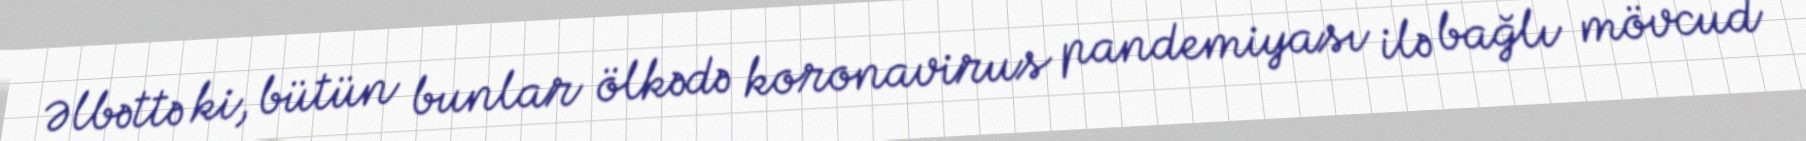
Əlbəttə ki, bütün bunlar ölkədə koronavirus pandemiyası ilə bağlı mövcud